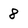
Character: 8